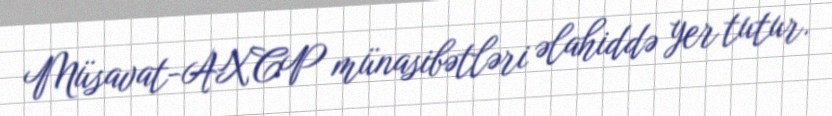
Müsavat-AXCP münasibətləri əlahiddə yer tutur.